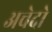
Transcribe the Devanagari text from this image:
अचेदो